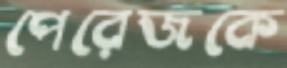
পেরেজকে